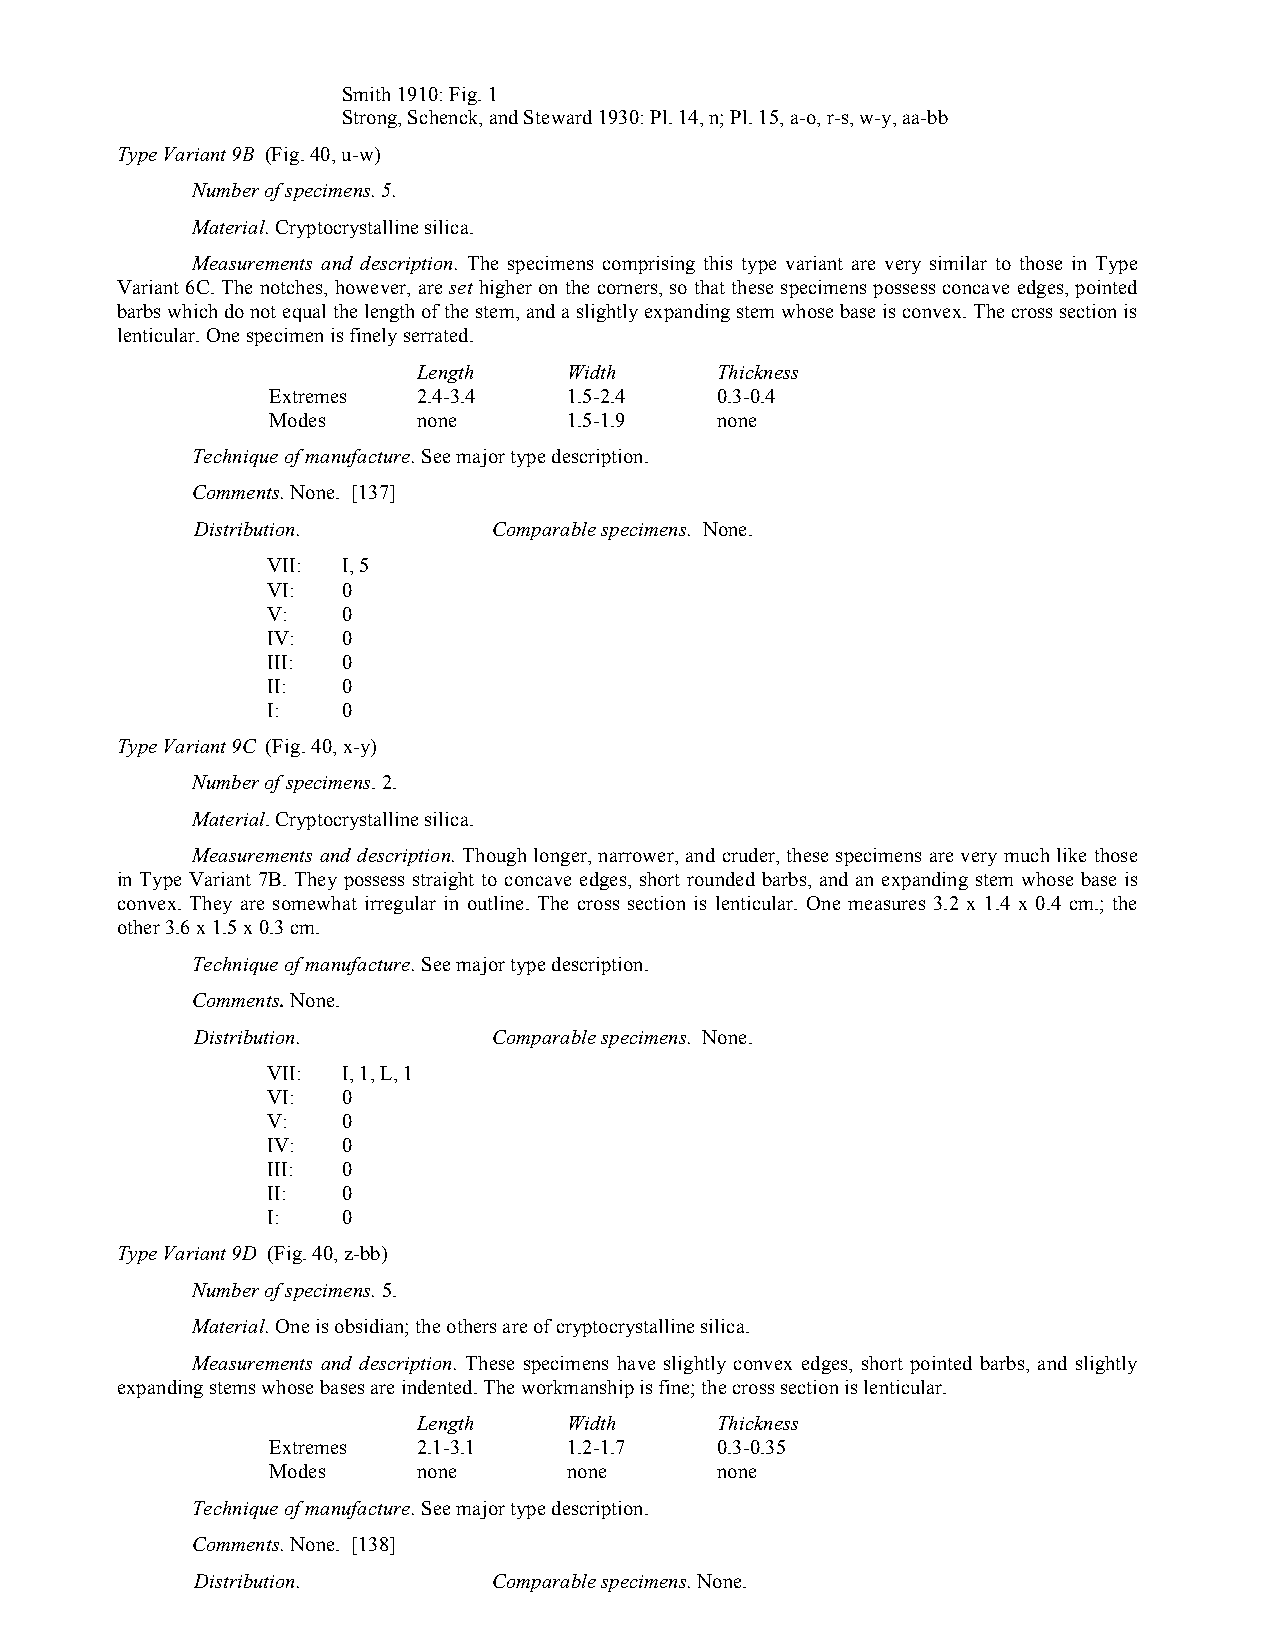
Smith 1910: Fig. 1
 Strong, Schenck, and Steward 1930: Pl. 14, n; Pl. 15, a-o, r-s, w-y, aa-bb
 Type Variant 9B (Fig. 40, u-w)
 Number of specimens. 5.
 Material. Cryptocrystalline silica.
 Measurements and description. The specimens comprising this type variant are very similar to those in Type
 Variant 6C. The notches, however, are set higher on the corners, so that these specimens possess concave edges, pointed
 barbs which do not equal the length of the stem, and a slightly expanding stem whose base is convex. The cross section is
 lenticular. One specimen is finely serrated.
 Length    Width    Thickness
 Extremes  2.4-3.4   1.5-2.4  0.3-0.4
 Modes     none      1.5-1.9  none
 Technique of manufacture. See major type description.
 Comments. None. [137]
 Distribution.       Comparable specimens. None.
 VII: I, 5
 VI:  0
 V:   0
 IV:  0
 III: 0
 II:  0
 I:   0
 Type Variant 9C (Fig. 40, x-y)
 Number of specimens. 2.
 Material. Cryptocrystalline silica.
 Measurements and description. Though longer, narrower, and cruder, these specimens are very much like those
 in Type Variant 7B. They possess straight to concave edges, short rounded barbs, and an expanding stem whose base is
 convex. They are somewhat irregular in outline. The cross section is lenticular. One measures 3.2 x 1.4 x 0.4 cm.; the
 other 3.6 x 1.5 x 0.3 cm.
 Technique of manufacture. See major type description.
 Comments. None.
 Distribution.       Comparable specimens. None.
 VII: I, 1, L, 1
 VI:  0
 V:   0
 IV:  0
 III: 0
 II:  0
 I:   0
 Type Variant 9D (Fig. 40, z-bb)
 Number of specimens. 5.
 Material. One is obsidian; the others are of cryptocrystalline silica.
 Measurements and description. These specimens have slightly convex edges, short pointed barbs, and slightly
 expanding stems whose bases are indented. The workmanship is fine; the cross section is lenticular.
 Length    Width    Thickness
 Extremes  2.1-3.1   1.2-1.7  0.3-0.35
 Modes     none      none     none
 Technique of manufacture. See major type description.
 Comments. None. [138]
 Distribution.       Comparable specimens. None.